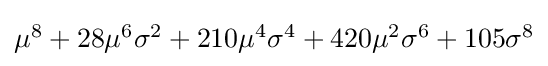
{\textstyle \mu ^{8}+28\mu ^{6}\sigma ^{2}+210\mu ^{4}\sigma ^{4}+420\mu ^{2}\sigma ^{6}+105\sigma ^{8}}